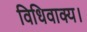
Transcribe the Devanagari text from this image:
विधिवाक्य।